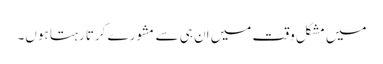
میں مشکل وقت میں اِن ہی سے مشورے کرتا رہتا ہوں۔